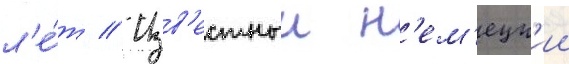
л'е́т // Изв'естныи н'ем'ецк'ии